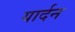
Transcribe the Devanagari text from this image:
यार्दन